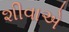
શીવાએ